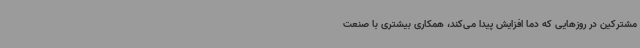
مشترکین در روزهایی که دما افزایش پیدا می‌کند، همکاری بیشتری با صنعت